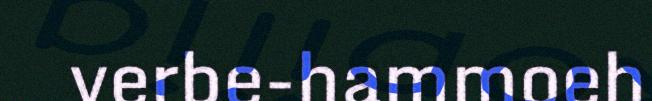
verbe-hammoeh